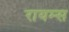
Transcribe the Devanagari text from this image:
रायम्स